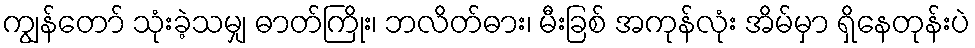
ကျွန်တော် သုံးခဲ့သမျှ ဓာတ်ကြိုး၊ ဘလိတ်ဓား၊ မီးခြစ် အကုန်လုံး အိမ်မှာ ရှိနေတုန်းပဲ